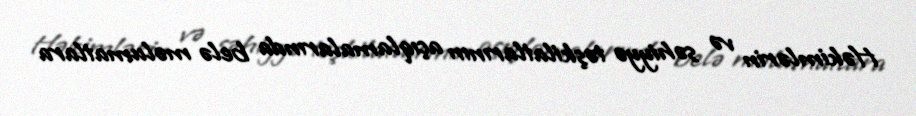
Həkimlərin və səhiyyə təşkilatlarının açıqlamalarında belə məlumatlara